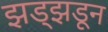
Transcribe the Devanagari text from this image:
झड्झडून